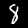
Label: 8